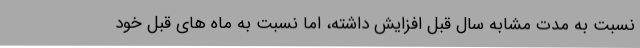
نسبت به مدت مشابه سال قبل افزایش داشته، اما نسبت به ماه های قبل خود